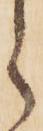
之